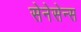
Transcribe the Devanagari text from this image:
सेनेसेन्स